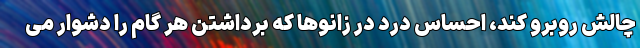
چالش روبرو کند، احساس درد در زانوها که برداشتن هر گام را دشوار می